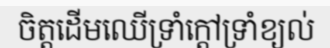
ចិត្តដើមឈើទ្រាំក្តៅទ្រាំខ្យល់